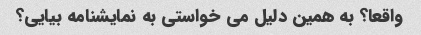
واقعا؟ به همین دلیل می خواستی به نمایشنامه بیایی؟